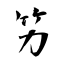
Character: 竻